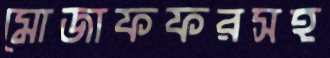
মোজাফফরসহ